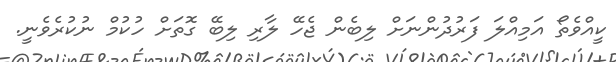
ކީއްވެތޯ އަމިއްލަ ފަރުދުންނަށް ލިބެން ޖެހޭ ލާރި ލިބޭ ގޮތަށް ހުކުމް ނުކުރެވެނީ.